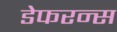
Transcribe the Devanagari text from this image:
डेफरन्स